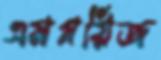
এমপ্লয়িজ